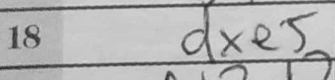
Transcription: dxe5